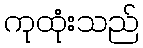
ကုထုံးသည်